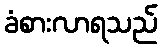
ခံစားလာရသည်